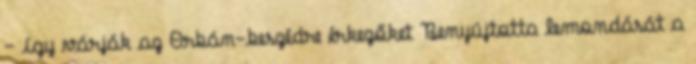
– így várják az Orbán-beszédre érkezőket Benyújtotta lemondását a